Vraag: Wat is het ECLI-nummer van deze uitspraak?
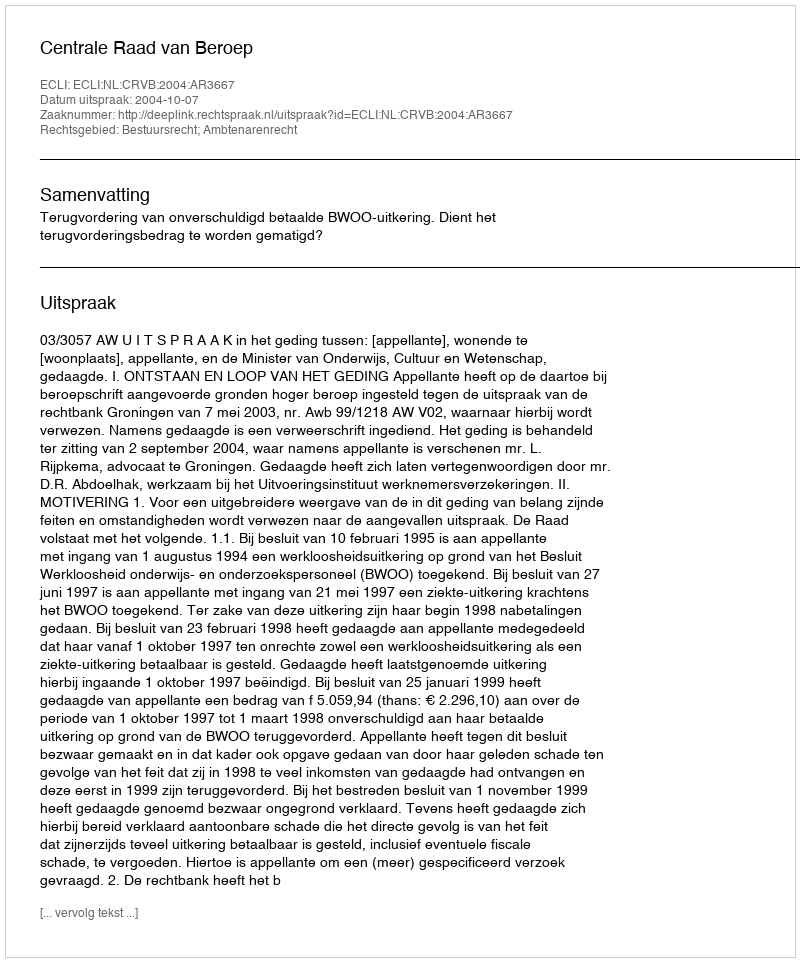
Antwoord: ECLI:NL:CRVB:2004:AR3667